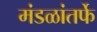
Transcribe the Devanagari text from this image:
मंडळांतर्फे